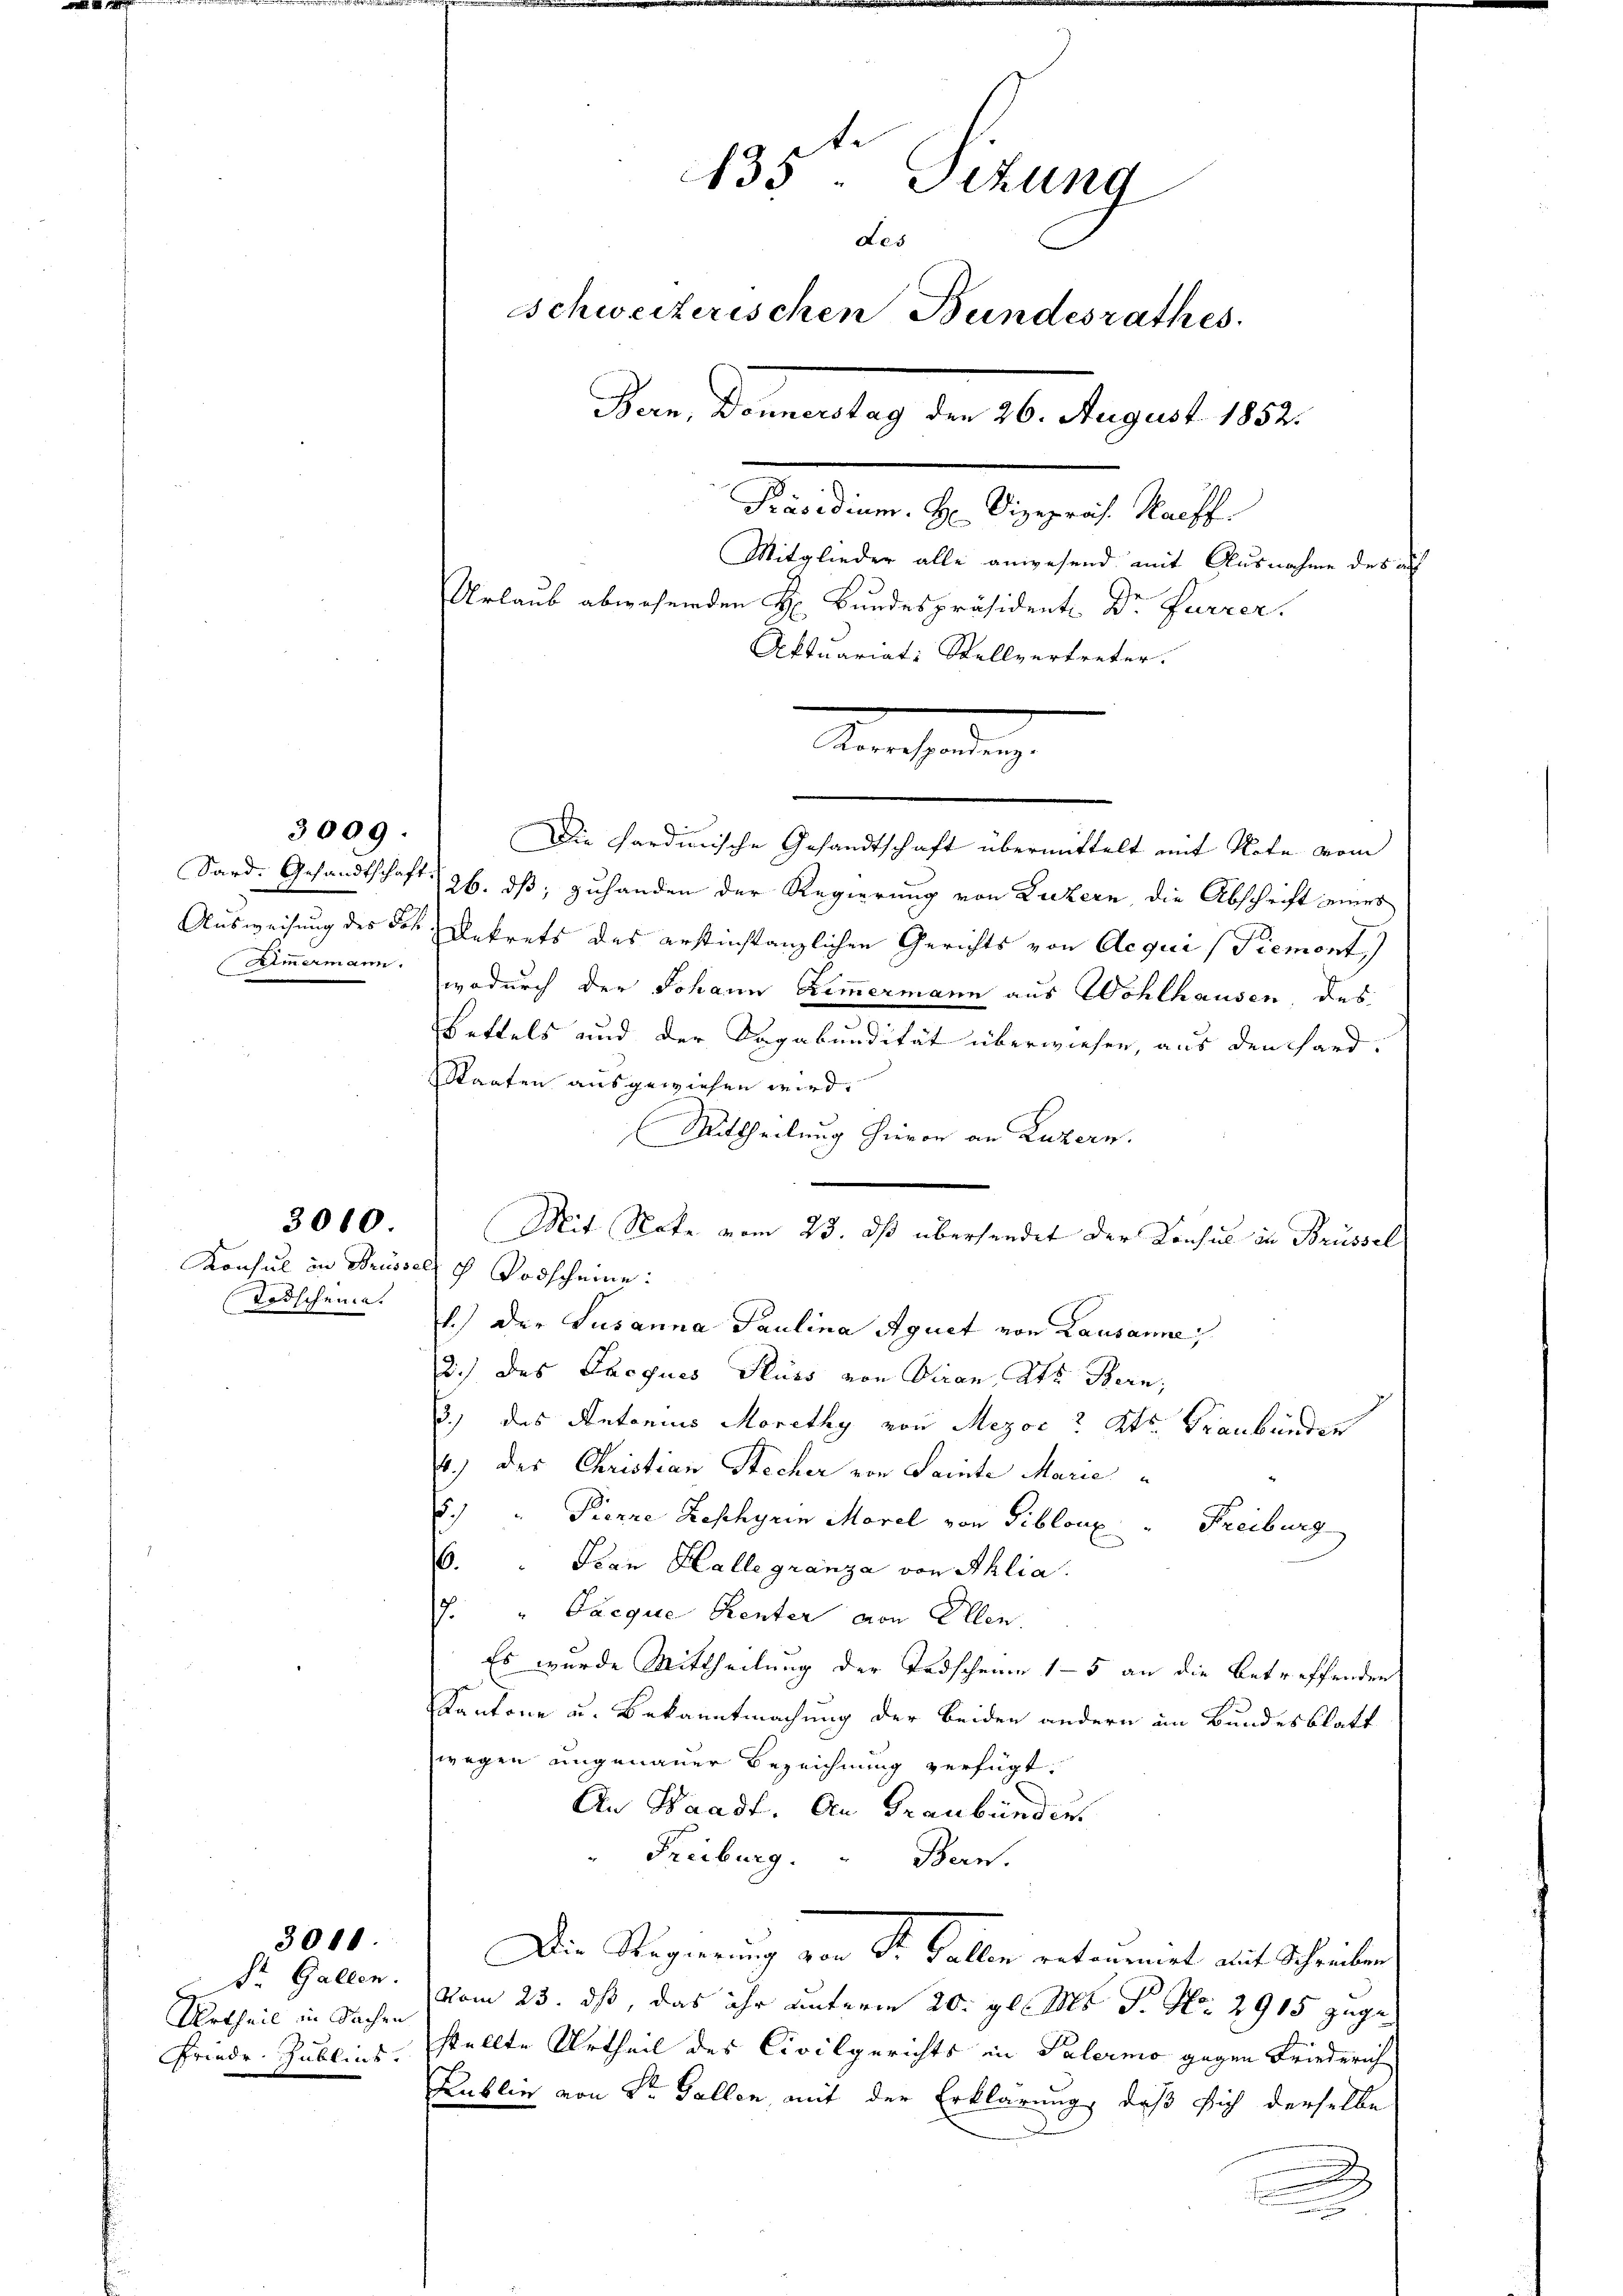
Rimermann.

3009.

Todscheine.

3010

Dr. Gallen.
Urtheil in Sachen
Friede Publick.

3011.

Konsul in Brüssel ich Vorscheine:

Aktuariats Stellvertreter.
Die Sardinische Gesandtschaft übermittelt mit Note vom
Sard. Gesandtschaft 26. dß; zuhanden der Regierung von Luzern, die Abschrift eines
Ausweisung des des Dekrets des erstinstanzlichen Gerichts von Aequi (Piemont)
wodurch der Johann Zimmermann aus Wohlhausen, des
Bettels und der Sagabundität überwiesen, aus den Hard¬
Staaten ausgewiesen wird.
Mittheilung hievon an Luzern.
Mit Note vom 23. dß überhandet der Konsul in Brüssel
1.) Der Susanna Paulina Aquet von Lausanne,
2.) des Troques Fluss von Veran, Kts. Bern,
3.) des Antonius Morethy von Mezoe? Kts. Fraubünder
4.) Der Christian Stecher von Sainte Marie
8.) " Pienze Reschyrin Morel von Siblone  "  Freiburg
6. " Jean Halle granza von Ahlia.
7. Pacque Renter von Ellen.
Es wurde Mittheilung der Todscheine 15 an die betreffenden
Kantone u. Bekanntmachung der beiden andern im Bundesblatt
wegen ungenauer Bezeichnung verfügt:
An Waadt. An Graubünder
Freiburg.
Bern.
Die Regierung von Sr. Gallen entremet auf Schreiben
vom 23. ds, das ihr unterm 20. gl. Ms. S. Nr. 2915 zuge
stellte Urtheil des Civilgerichts in Palermo gegen Friederich
Kublin von Sr. Gallen, mit der Erklärung, daß sich derselbe
.
u

135. Sitzung
Les
Schweizerischen Bundesrathes.
Bern, Donnerstag den 26. August 1852.
Präsidium. H. Vizepräs. Haeff
Mitglieder alle anwesend mit Ausnahme des auf
Urlaub abwesenden H. Bundespräsident Dr Furrer.

.